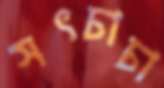
সৎচাচা